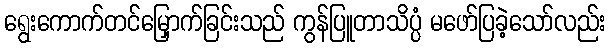
ရွေးကောက်တင်မြှောက်ခြင်းသည် ကွန်ပြူတာသိပ္ပံ မဖော်ပြခဲ့သော်လည်း